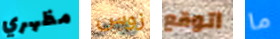
مظهري زوس اتوقع ما